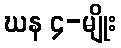
ဃန ၄-မျိုး